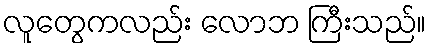
လူတွေကလည်း လောဘ ကြီးသည်။